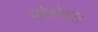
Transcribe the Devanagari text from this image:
पोहोचाल